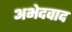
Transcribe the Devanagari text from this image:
अभेदवाद